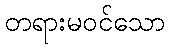
တရားမဝင်သော